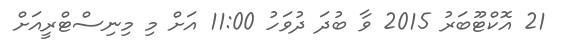
21 އޮކްޓޫބަރު 2015 ވާ ބުދަ ދުވަހު 11:00 އަށް މި މިނިސްޓްރީއަށް